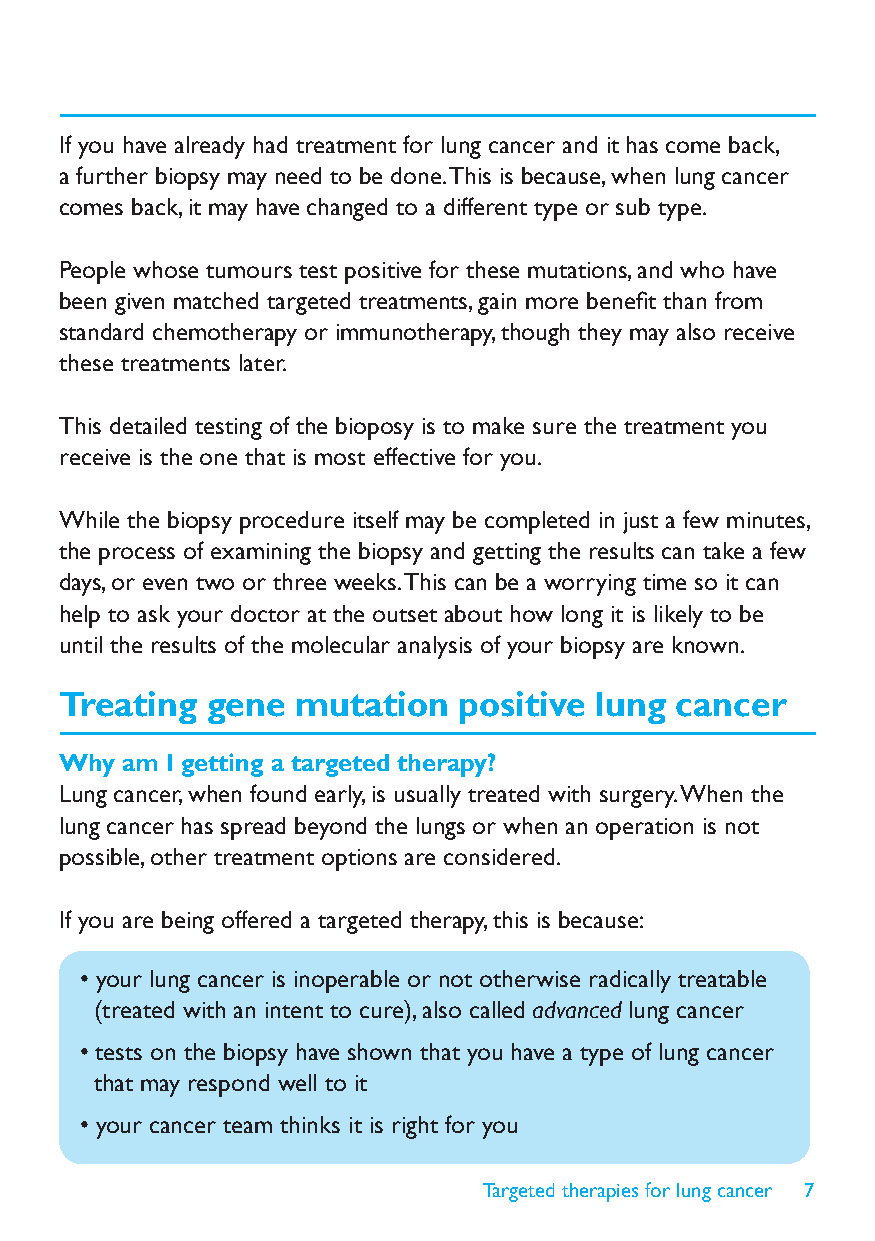
If you have already had treatment for lung cancer and it has come back,
 a further biopsy may need to be done. This is because, when lung cancer
 comes back, it may have changed to a different type or sub type.
 People whose tumours test positive for these mutations, and who have
 been given matched targeted treatments, gain more benefi t than from
 standard chemotherapy or immunotherapy, though they may also receive
 these treatments later.
 This detailed testing of the bioposy is to make sure the treatment you
 receive is the one that is most effective for you.
 While the biopsy procedure itself may be completed in just a few minutes,
 the process of examining the biopsy and getting the results can take a few
 days, or even two or three weeks. This can be a worrying time so it can
 help to ask your doctor at the outset about how long it is likely to be
 until the results of the molecular analysis of your biopsy are known.
 Treating  gene  mutation  positive lung  cancer
 Why am I getting a targeted therapy?
 Lung cancer, when found early, is usually treated with surgery. When the
 lung cancer has spread beyond the lungs or when an operation is not
 possible, other treatment options are considered.
 If you are being offered a targeted therapy, this is because:
 • your lung cancer is inoperable or not otherwise radically treatable
 (treated with an intent to cure), also called advanced lung cancer
 • tests on the biopsy have shown that you have a type of lung cancer
 that may respond well to it
 • your cancer team thinks it is right for you
 Targeted therapies for lung cancer 7